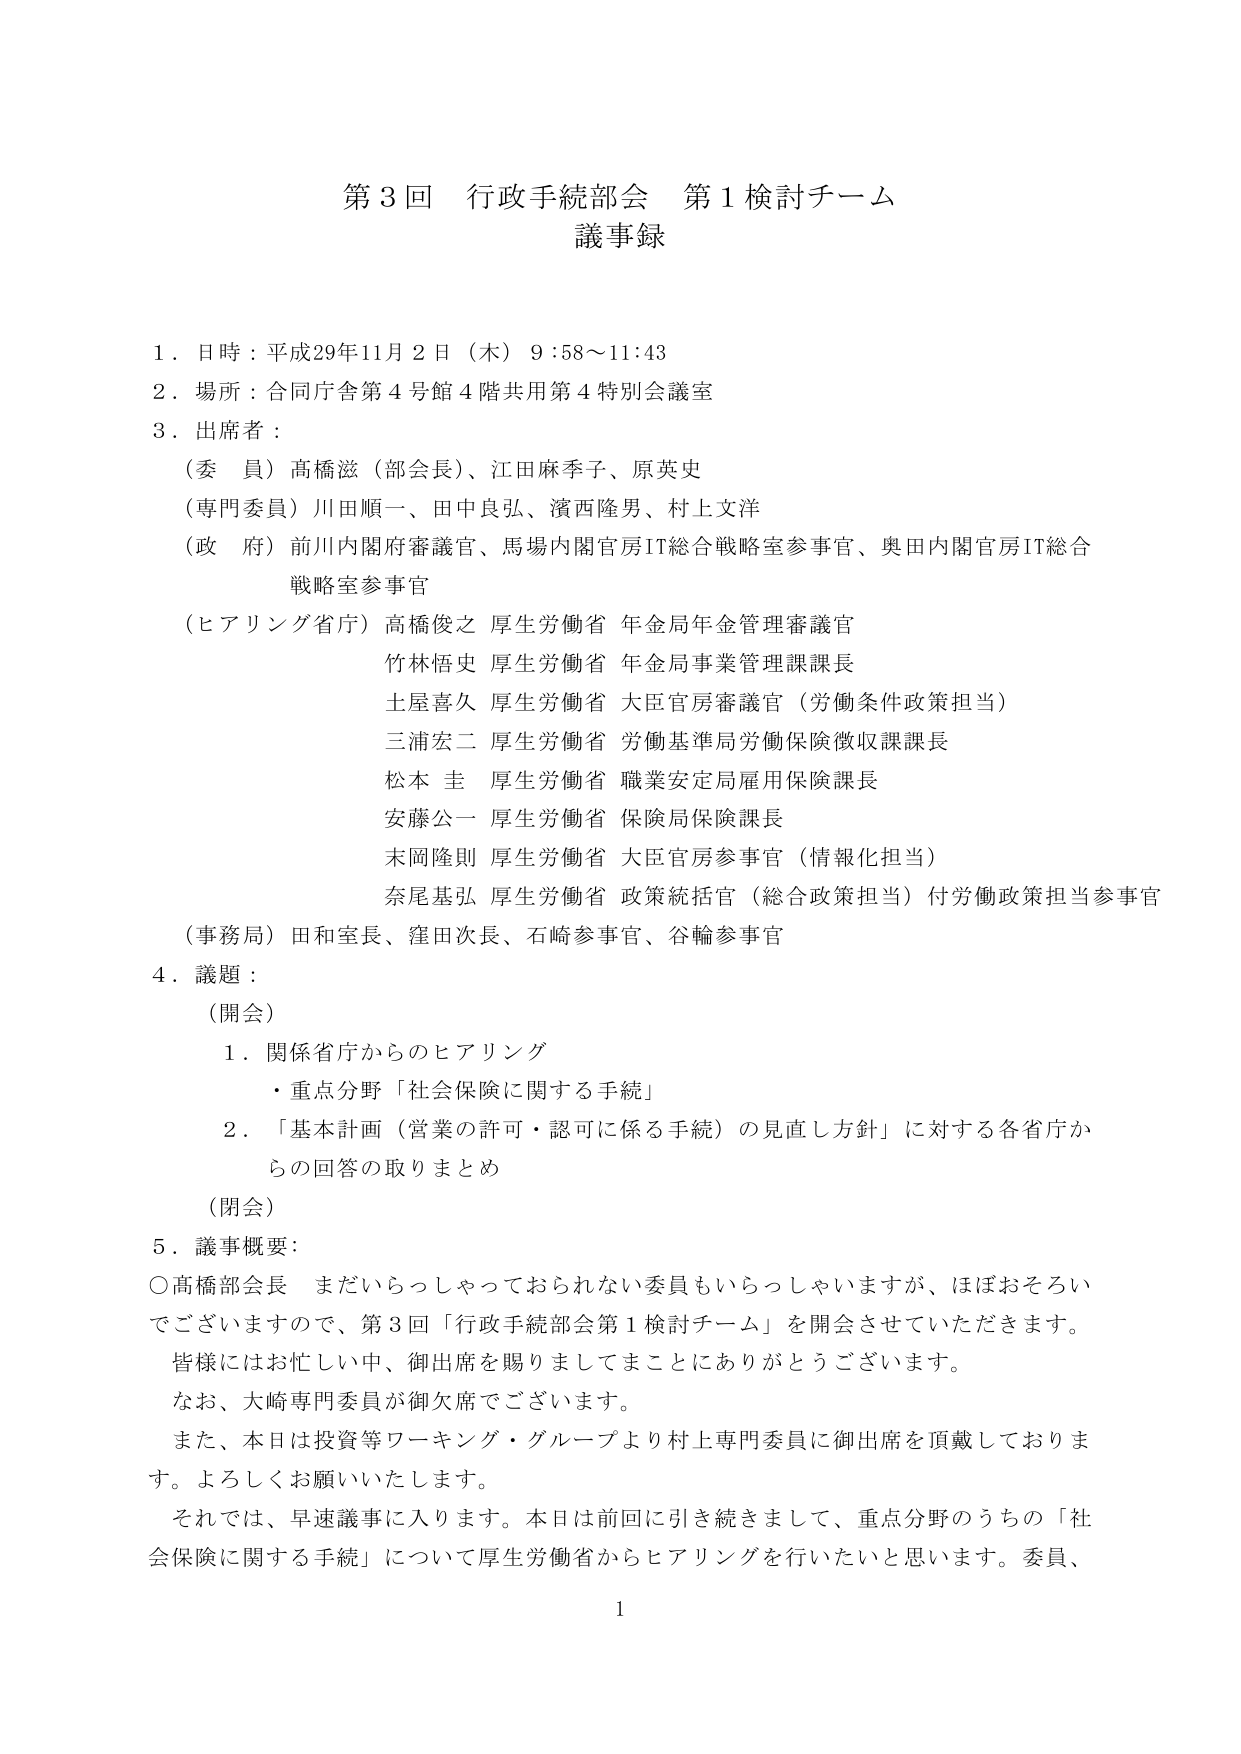
第3回 行政手続部会 第1検討チーム
議事録

1．日時：平成29年11月2日（木）9:58～11:43
2．場所：合同庁舎第4号館4階共用第4特別会議室
3．出席者：
（委員）高橋滋（部会長）、江田麻季子、原英史
（専門委員）川田順一、田中良弘、濱西隆男、村上文洋
（政府）前川内閣府審議官、馬場内閣官房IT総合戦略室参事官、奥田内閣官房IT総合戦略室参事官
（ヒアリング省庁）高橋俊之 厚生労働省 年金局年金管理審議官
竹林悟史 厚生労働省 年金局事業管理課課長
土屋喜久 厚生労働省 大臣官房審議官（労働条件政策担当）
三浦宏二 厚生労働省 労働基準局労働保険徴収課課長
松本圭 厚生労働省 職業安定局雇用保険課長
安藤公一 厚生労働省 保険局保険課長
末岡隆則 厚生労働省 大臣官房参事官（情報化担当）
奈尾基弘 厚生労働省 政策統括官（総合政策担当）付労働政策担当参事官
（事務局）田和室長、窪田次長、石崎参事官、谷輪参事官
4．議題：
（開会）
1．関係省庁からのヒアリング
・重点分野「社会保険に関する手続」
2．「基本計画（営業の許可・認可に係る手続）の見直し方針」に対する各省庁からの回答の取りまとめ
（閉会）
5．議事概要：
○高橋部会長 まだいらっしゃっておられない委員もいらっしゃいますが、ほぼおそろいでございますので、第3回「行政手続部会第1検討チーム」を開会させていただきます。皆様にはお忙しい中、御出席を賜りましてまことにありがとうございます。
なお、大崎専門委員が御欠席でございます。
また、本日は投資等ワーキング・グループより村上専門委員に御出席を頂戴しております。よろしくお願いいたします。
それでは、早速議事に入ります。本日は前回に引き続きまして、重点分野のうちの「社会保険に関する手続」について厚生労働省からヒアリングを行いたいと思います。委員、
1